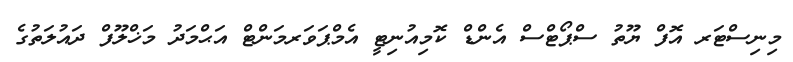
މިނިސްޓަރ އޮފް ޔޫތު ސްޕޯޓްސް އެންޑް ކޮމިއުނިޓީ އެމްޕަވަރމަންޓް އަޙްމަދު މަޚްލޫފް ދައުލަތުގެ